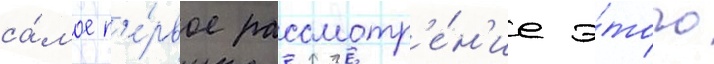
са́мое п'е́рвое рассмотр'е́н'ие э́того